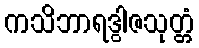
ကသိဘာရဒွါဇသုတ္တံ